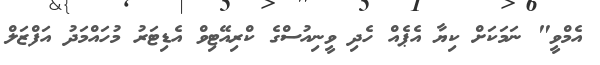
އެމްވީ" ނަމަކަށް ކިޔާ އެޕެއް ހެދި ވީނިއުސްގެ ކްރިއޭޓިވް އެޑިޓަރު މުހައްމަދު އަފްޒަލް